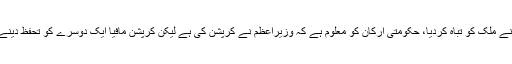
انہوں نے کہا کہالیکشن میں دھاندلی ہوئی جس کے خلاف سڑکوں پر نکلے، کرپشن مافیا نے ملک کو تباہ کردیا، حکومتی ارکان کو معلوم ہے کہ وزیراعظم نے کرپشن کی ہے لیکن کرپشن مافیا ایک دوسرے کو تحفظ دینے کے لیے اقدامات کررہا ہے، ڈیولپمنٹ صرف نواز شریف کے اکائونٹس میں ہورہی ہے۔